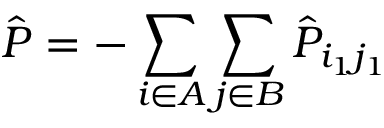
\hat { P } = - \sum _ { i \in A } \sum _ { j \in B } \hat { P } _ { i _ { 1 } j _ { 1 } }